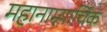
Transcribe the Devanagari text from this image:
महानाम्न्यार्चिक